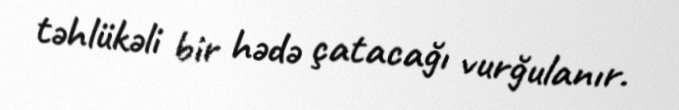
təhlükəli bir hədə çatacağı vurğulanır.